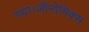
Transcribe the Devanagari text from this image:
गया।जीनोमिक्स